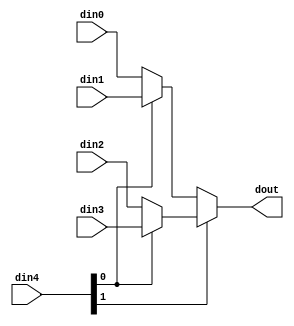
// ==============================================================
// Vitis HLS - High-Level Synthesis from C, C++ and OpenCL v2020.2 (64-bit)
// Copyright 1986-2020 Xilinx, Inc. All Rights Reserved.
// ==============================================================

`timescale 1ns/1ps

module ConvolutionInputGenerator_0_mux_42_8_1_1 #(
parameter
    ID                = 0,
    NUM_STAGE         = 1,
    din0_WIDTH       = 32,
    din1_WIDTH       = 32,
    din2_WIDTH       = 32,
    din3_WIDTH       = 32,
    din4_WIDTH         = 32,
    dout_WIDTH            = 32
)(
    input  [7 : 0]     din0,
    input  [7 : 0]     din1,
    input  [7 : 0]     din2,
    input  [7 : 0]     din3,
    input  [1 : 0]    din4,
    output [7 : 0]   dout);

// puts internal signals
wire [1 : 0]     sel;
// level 1 signals
wire [7 : 0]         mux_1_0;
wire [7 : 0]         mux_1_1;
// level 2 signals
wire [7 : 0]         mux_2_0;

assign sel = din4;

// Generate level 1 logic
assign mux_1_0 = (sel[0] == 0)? din0 : din1;
assign mux_1_1 = (sel[0] == 0)? din2 : din3;

// Generate level 2 logic
assign mux_2_0 = (sel[1] == 0)? mux_1_0 : mux_1_1;

// output logic
assign dout = mux_2_0;

endmodule